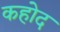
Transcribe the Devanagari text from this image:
कहोद